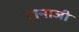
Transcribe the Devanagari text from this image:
खनाजी